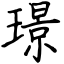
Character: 璟